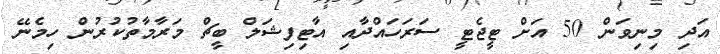
އަދި މިނިވަން 50 އަށް ޓީޖެޓީ ސަަރަހައްދާއި އާޓިފިޝަލް ބީޗް މަރާމާތުކުރުން ހިމެނޭ